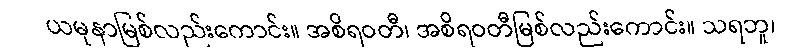
ယမုနာမြစ်လည်းကောင်း။ အစိရဝတီ၊ အစိရဝတီမြစ်လည်းကောင်း။ သရဘူ၊